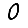
Digit: 0